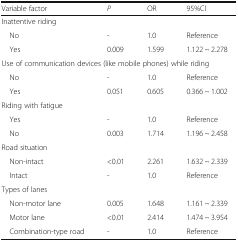
<table><thead><tr><td><b>Variable factor</b></td><td><b><i>P</i></b></td><td><b>OR</b></td><td><b>95%CI</b></td></tr></thead><tbody><tr><td colspan="4">Inattentive riding</td></tr><tr><td> No</td><td>-</td><td>1.0</td><td>Reference</td></tr><tr><td> Yes</td><td>0.009</td><td>1.599</td><td>1.122 ~ 2.278</td></tr><tr><td colspan="4">Use of communication devices (like mobile phones) while riding</td></tr><tr><td> No</td><td>-</td><td>1.0</td><td>Reference</td></tr><tr><td> Yes</td><td>0.051</td><td>0.605</td><td>0.366 ~ 1.002</td></tr><tr><td colspan="4">Riding with fatigue</td></tr><tr><td> Yes</td><td>-</td><td>1.0</td><td>Reference</td></tr><tr><td> No</td><td>0.003</td><td>1.714</td><td>1.196 ~ 2.458</td></tr><tr><td colspan="4">Road situation</td></tr><tr><td> Non-intact</td><td>&lt;0.01</td><td>2.261</td><td>1.632 ~ 2.339</td></tr><tr><td> Intact</td><td>-</td><td>1.0</td><td>Reference</td></tr><tr><td colspan="4">Types of lanes</td></tr><tr><td> Non-motor lane</td><td>0.005</td><td>1.648</td><td>1.161 ~ 2.339</td></tr><tr><td> Motor lane</td><td>&lt;0.01</td><td>2.414</td><td>1.474 ~ 3.954</td></tr><tr><td> Combination-type road</td><td>-</td><td>1.0</td><td>Reference</td></tr></tbody></table>